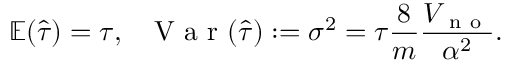
\mathbb { E } ( \hat { \tau } ) = \tau , ~ ~ \mathrm { ~ V ~ a ~ r ~ } ( \hat { \tau } ) : = \sigma ^ { 2 } = \tau \frac { 8 } { m } \frac { V _ { \mathrm { ~ n ~ o ~ } } } { \alpha ^ { 2 } } .